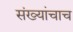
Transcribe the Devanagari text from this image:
संख्यांचाच